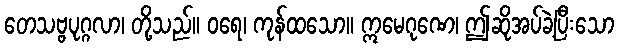
တေသဗ္ဗပုဂ္ဂလာ၊ တို့သည်။ ဝရေ၊ ကုန်ထသော။ ဣမေဂုဏေ၊ ဤဆိုအပ်ခဲ့ပြီးသော